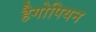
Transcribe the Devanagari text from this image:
हैगोपियन